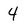
Character: 4